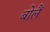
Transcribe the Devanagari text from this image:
बोलैं